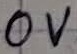
Text: 0V